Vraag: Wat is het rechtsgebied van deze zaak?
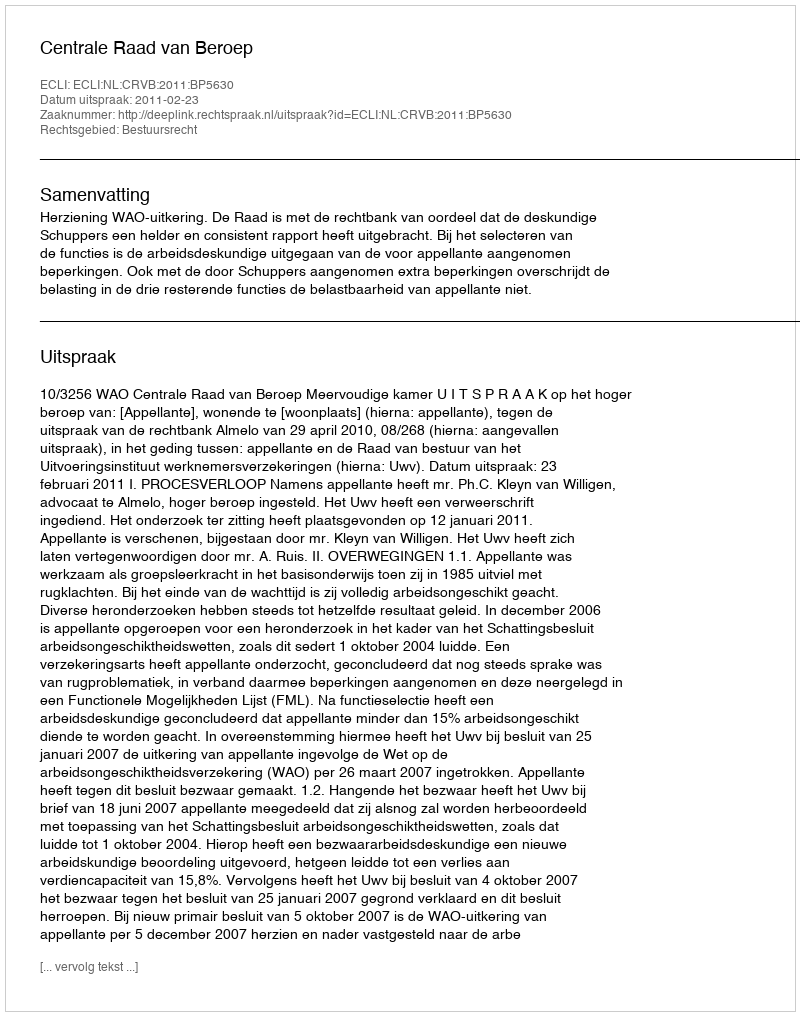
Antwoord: Bestuursrecht